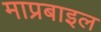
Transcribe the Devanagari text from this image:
माप्रबाइल